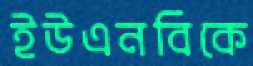
ইউএনবিকে